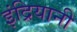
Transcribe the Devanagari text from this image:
इंद्रियानी